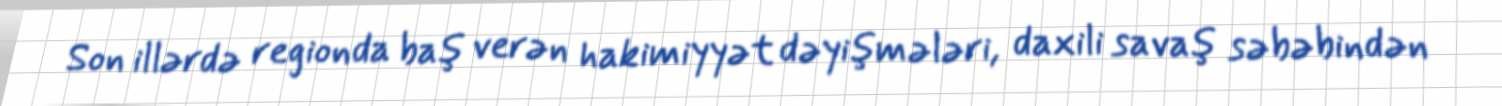
Son illərdə regionda baş verən hakimiyyət dəyişmələri, daxili savaş səbəbindən